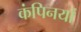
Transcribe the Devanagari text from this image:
कंपिनयों